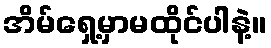
အိမ်ရှေ့မှာမထိုင်ပါနဲ့။